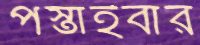
পস্তাইবার